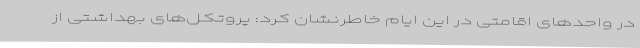
در واحدهای اقامتی در این ایام خاطرنشان کرد: پروتکل‌های بهداشتی از